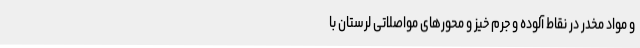
و مواد مخدر در نقاط آلوده و جرم خیز و محورهای مواصلاتی لرستان با